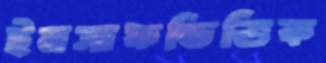
ইনসাফভিত্তিক